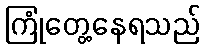
ကြုံတွေ့နေရသည်